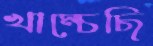
খাম্‌চেছি